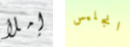
إملأ انجليس